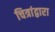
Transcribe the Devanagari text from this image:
चित्रांद्वारा